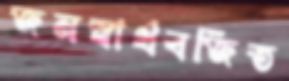
জনস্বার্থবর্জিত